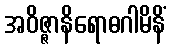
အဝိဇ္ဇာနိရောဓဂါမိနိံ